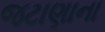
જટાણાના